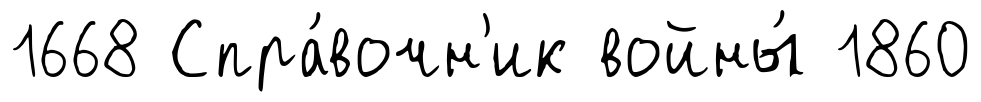
1668 Спра́вочн'ик войны́ 1860